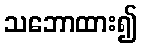
သဘောထား၍